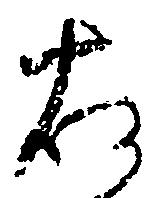
右